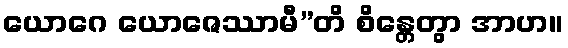
ယောဂေ ယောဇေဿာမီ”တိ စိန္တေတွာ အာဟ။